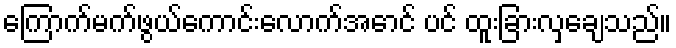
ကြောက်မက်ဖွယ်ကောင်းလောက်အောင် ပင် ထူးခြားလှချေသည်။